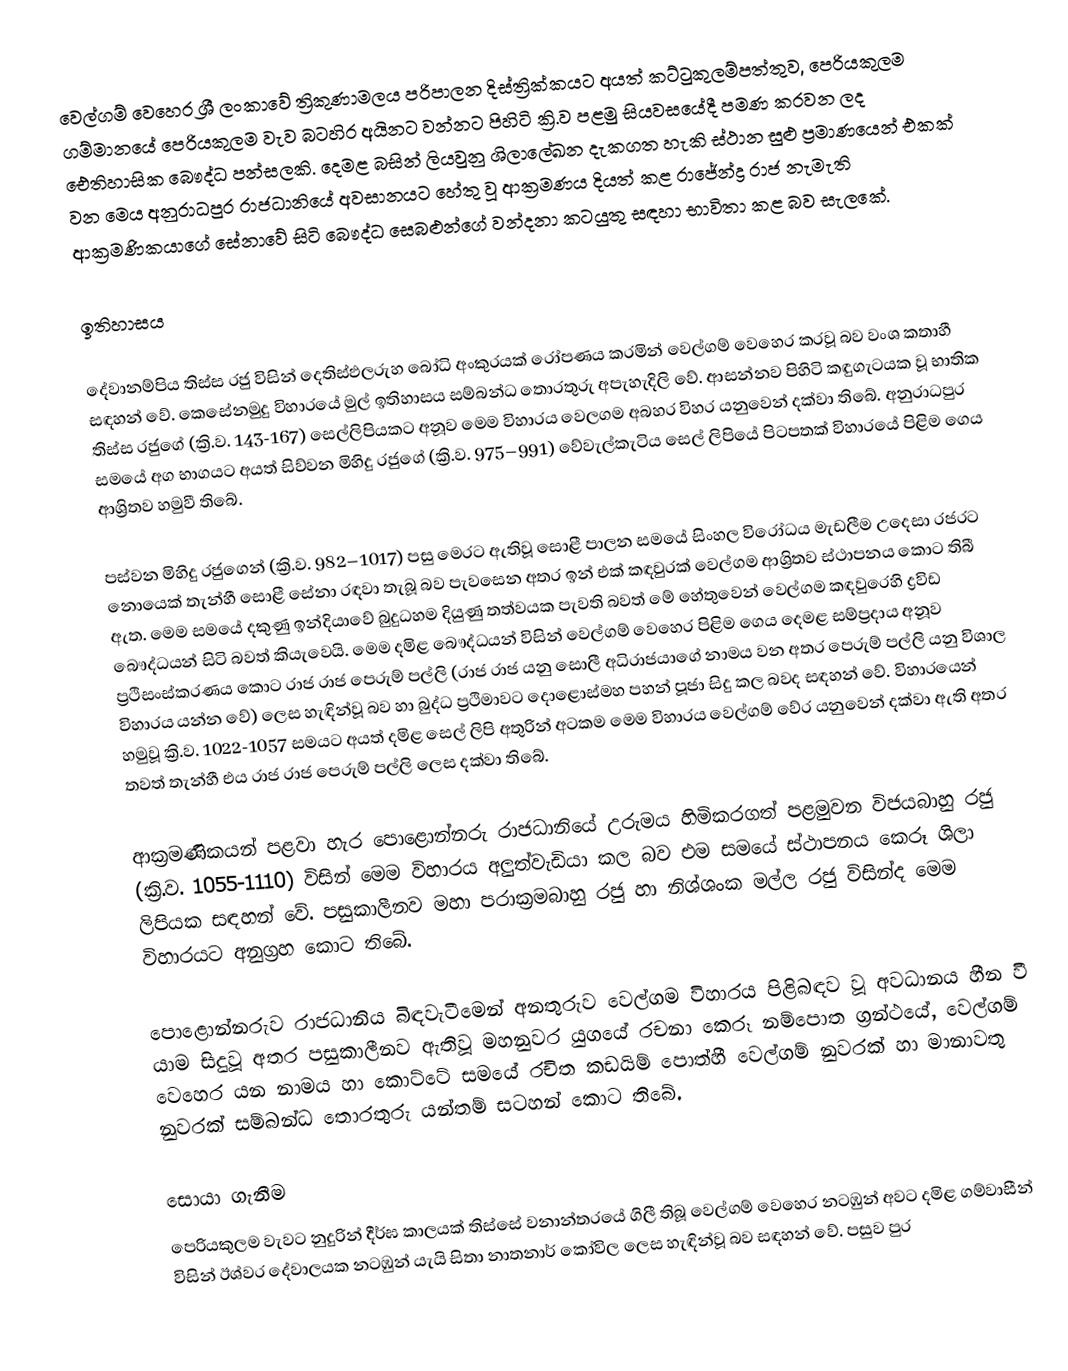
වෙල්ගම් වෙහෙර  ශ්‍රී ලංකාවේ ත්‍රිකුණාමලය පරිපාලන දිස්ත්‍රික්කයට අයත් කට්ටුකුලම්පත්තුව, පෙරියකුලම ගම්මානයේ පෙරියකුලම වැව බටහිර අයිනට වන්නට පිහිටි ක්‍රි.ව පළමු සියවසයේදී  පමණ කරවන ලද ඓතිහාසික බෞද්ධ පන්සලකි. දෙමළ බසින් ලියවුනු ශිලාලේඛන දැකගත හැකි ස්ථාන සුළු ප්‍රමාණයෙන් එකක් වන මෙය අනුරාධපුර  රාජධානියේ අවසානයට හේතු වූ ආක්‍රමණය දියත් කළ රාජේන්ද්‍ර රාජ නැමැති ආක්‍රමණිකයාගේ සේනාවේ සිටි බෞද්ධ සෙබළුන්ගේ වන්දනා කටයුතු සඳහා භාවිතා කළ බව සැලකේ.

ඉතිහාසය

දේවානම්පිය තිස්ස රජු විසින් දෙතිස්ඵලරුහ බෝධි අංකුරයක් රෝපණය කරමින් වෙල්ගම් වෙහෙර කරවූ බව වංශ කතාහී සඳහන් වේ. කෙසේනමුදු විහාරයේ මුල් ඉතිහාසය සම්බන්ධ තොරතුරු අපැහැදිලි වේ. ආසන්නව පිහිටි කඳුගැටයක වූ භාතික තිස්ස රජුගේ (ක්‍රි.ව. 143-167) සෙල්ලිපියකට අනූව මෙම විහාරය වෙලගම අබහර විහර යනුවෙන් දක්වා තිබේ. අනුරාධපුර සමයේ අග භාගයට අයත් සිව්වන මිහිදු රජුගේ (ක්‍රි.ව. 975–991) වේවැල්කැටිය සෙල් ලිපියේ පිටපතක් විහාරයේ පිළිම ගෙය ආශ්‍රිතව හමුවී තිබේ.

පස්වන මිහිදු රජුගෙන් (ක්‍රි.ව. 982–1017) පසු මෙරට ඇතිවූ සොළී පාලන සමයේ සිංහල විරෝධය මැඩලීම උදෙසා රජරට නොයෙක් තැන්හී සොළී සේනා රඳවා තැබූ බව පැවසෙන අතර ඉන් එක් කඳවුරක් වෙල්ගම ආශ්‍රිතව ස්ථාපනය කොට තිබී ඇත. මෙම සමයේ දකුණු ඉන්දියාවේ බුදුධහම දියුණු තත්වයක පැවති බවත් මේ හේතුවෙන් වෙල්ගම කඳවුරෙහි ද්‍රවිඩ බෞද්ධයන් සිටි බවත් කියැවෙයි. මෙම දමිළ බෞද්ධයන් විසින් වෙල්ගම් වෙහෙර පිළිම ගෙය දෙමළ සම්ප්‍රදාය අනූව ප්‍රථිසංස්කරණය කොට රාජ රාජ පෙරුම් පල්ලි (රාජ රාජ යනු සොලී අධිරාජයාගේ නාමය වන අතර පෙරුම් පල්ලි යනු විශාල විහාරය යන්න වේ) ලෙස හැඳින්වූ බව හා බුද්ධ ප්‍රථිමාවට දොළොස්මහ පහන් පූජා සිදු කල බවද සඳහන් වේ. විහාරයෙන් හමුවූ ක්‍රි.ව. 1022-1057 සමයට අයත් දමිළ සෙල් ලිපි අතුරින් අටකම මෙම විහාරය වෙල්ගම් වේර යනුවෙන් දක්වා ඇති අතර තවත් තැන්හී එය රාජ රාජ පෙරුම් පල්ලි ලෙස දක්වා තිබේ.

ආක්‍රමණිකයන් පළවා හැර පොළොන්නරු රාජධානියේ උරුමය හිමිකරගත් පළමුවන විජයබාහු රජු (ක්‍රි.ව. 1055-1110) විසින් මෙම විහාරය අලුත්වැඩියා කල බව එම සමයේ ස්ථාපනය කෙරූ ශිලා ලිපියක සඳහන් වේ. පසුකාලීනව මහා පරාක්‍රමබාහු රජු හා නිශ්ශංක මල්ල රජු විසින්ද මෙම විහාරයට අනුග්‍රහ කොට තිබේ.

පොළොන්නරුව රාජධානිය බිඳවැටීමෙන් අනතුරුව වෙල්ගම විහාරය පිළිබඳව වූ අවධානය හීන වී යාම සිදුවූ අතර පසුකාලීනව ඇතිවූ මහනුවර යුගයේ රචනා කෙරූ නම්පොත ග්‍රන්ථයේ, වෙල්ගම් වෙහෙර යන නාමය හා කොට්ටේ සමයේ රචිත කඩයිම් පොත්හී වෙල්ගම් නුවරක් හා මානාවතු නුවරක් සම්බන්ධ තොරතුරු යන්තම් සටහන් කොට තිබේ.

සොයා ගැනීම
පෙරියකුලම වැවට නුදුරින් දීර්ඝ කාලයක් තිස්සේ වනාන්තරයේ ගිලී තිබූ වෙල්ගම් වෙහෙර නටඹුන් අවට දමිළ ගම්වාසීන් විසින් ඊශ්වර දේවාලයක නටඹුන් යැයි සිතා නාතනාර් කෝවිල ලෙස හැඳින්වූ බව සඳහන් වේ. පසුව පුර